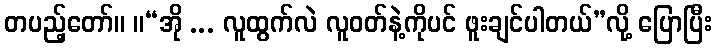
တပည့်တော်။ ။“အို ... လူထွက်လဲ လူဝတ်နဲ့ကိုပင် ဖူးချင်ပါတယ်”လို့ ပြောပြီး